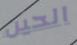
الحين